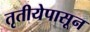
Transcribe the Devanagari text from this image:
तृतीयेपासून